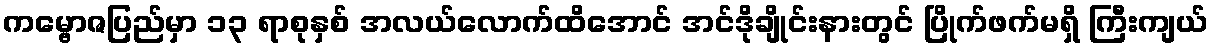
ကမ္ဗောဇပြည်မှာ ၁၃ ရာစုနှစ် အလယ်လောက်ထိအောင် အင်ဒိုချိုင်းနားတွင် ပြိုက်ဖက်မရှိ ကြီးကျယ်